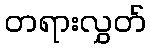
တရားလွှတ်